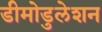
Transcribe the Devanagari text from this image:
डीमोडुलेशन